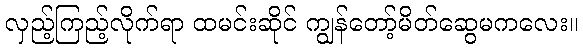
လှည့်ကြည့်လိုက်ရာ ထမင်းဆိုင် ကျွန်တော့်မိတ်ဆွေမကလေး။